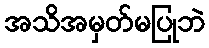
အသိအမှတ်မပြုဘဲ